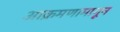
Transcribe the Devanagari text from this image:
आक्रमणामागून